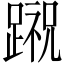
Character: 𨃷